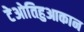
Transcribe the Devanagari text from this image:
टेओतिहुआकान